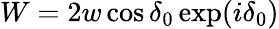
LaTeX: W=2w\cos\delta_{0}\exp(i\delta_{0})